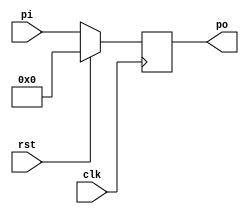
module pipo(clk,rst,pi,po);
input clk,rst;
input wire [3:0]pi;
output reg [3:0] po;
 
 always@(posedge clk)
 begin
   if(rst)
    po <= 4'b0000;
   else 
    begin
     po <= pi;
	end
 end
//   assign so = temp[0];
endmodule